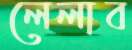
লেলাব